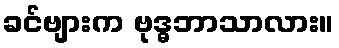
ခင်ဗျားက ဗုဒ္ဓဘာသာလား။